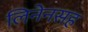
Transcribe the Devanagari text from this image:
लिनेनसह